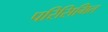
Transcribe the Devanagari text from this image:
परिसिमित